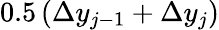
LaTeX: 0.5\left(\Delta y_{j-1}+\Delta y_{j}\right)